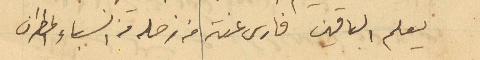
يعلم الباقين فارس عنتر من زحله من انسباء المطران